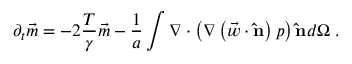
\partial _ { t } \vec { m } = - 2 \frac { T } { \gamma } \vec { m } - \frac { 1 } { a } \int \nabla \cdot \left( \nabla \left( \vec { w } \cdot \mathbf { \hat { n } } \right) p \right) \mathbf { \hat { n } } d \Omega \; .